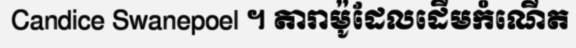
Candice Swanepoel ។ តារាម៉ូដែលដើមកំណើត